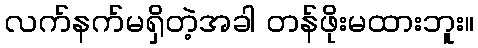
လက်နက်မရှိတဲ့အခါ တန်ဖိုးမထားဘူး။